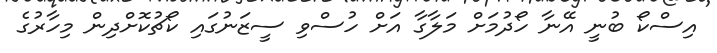
އިސްކޯ ބުނީ އޭނާ ހޯދުމަށް މަލާގާ އަށް ހުސްވި ސީޒަނުގައި ކޯޗުކޮށްދިން މިހާރުގެ